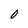
Character: 0